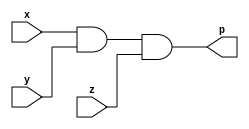
//test bench file - and_tb.v in same directory

module andgate(
    input x,
    input y,
    input z,
    output p
);

assign p = (x&y&z);
endmodule